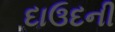
દાઉદની